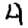
Digit: 4